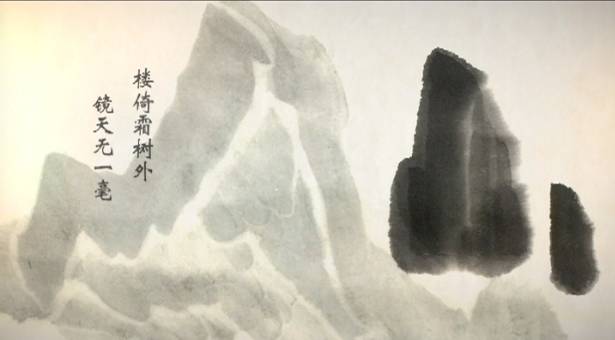
楼倚霜树外，镜天无一毫。